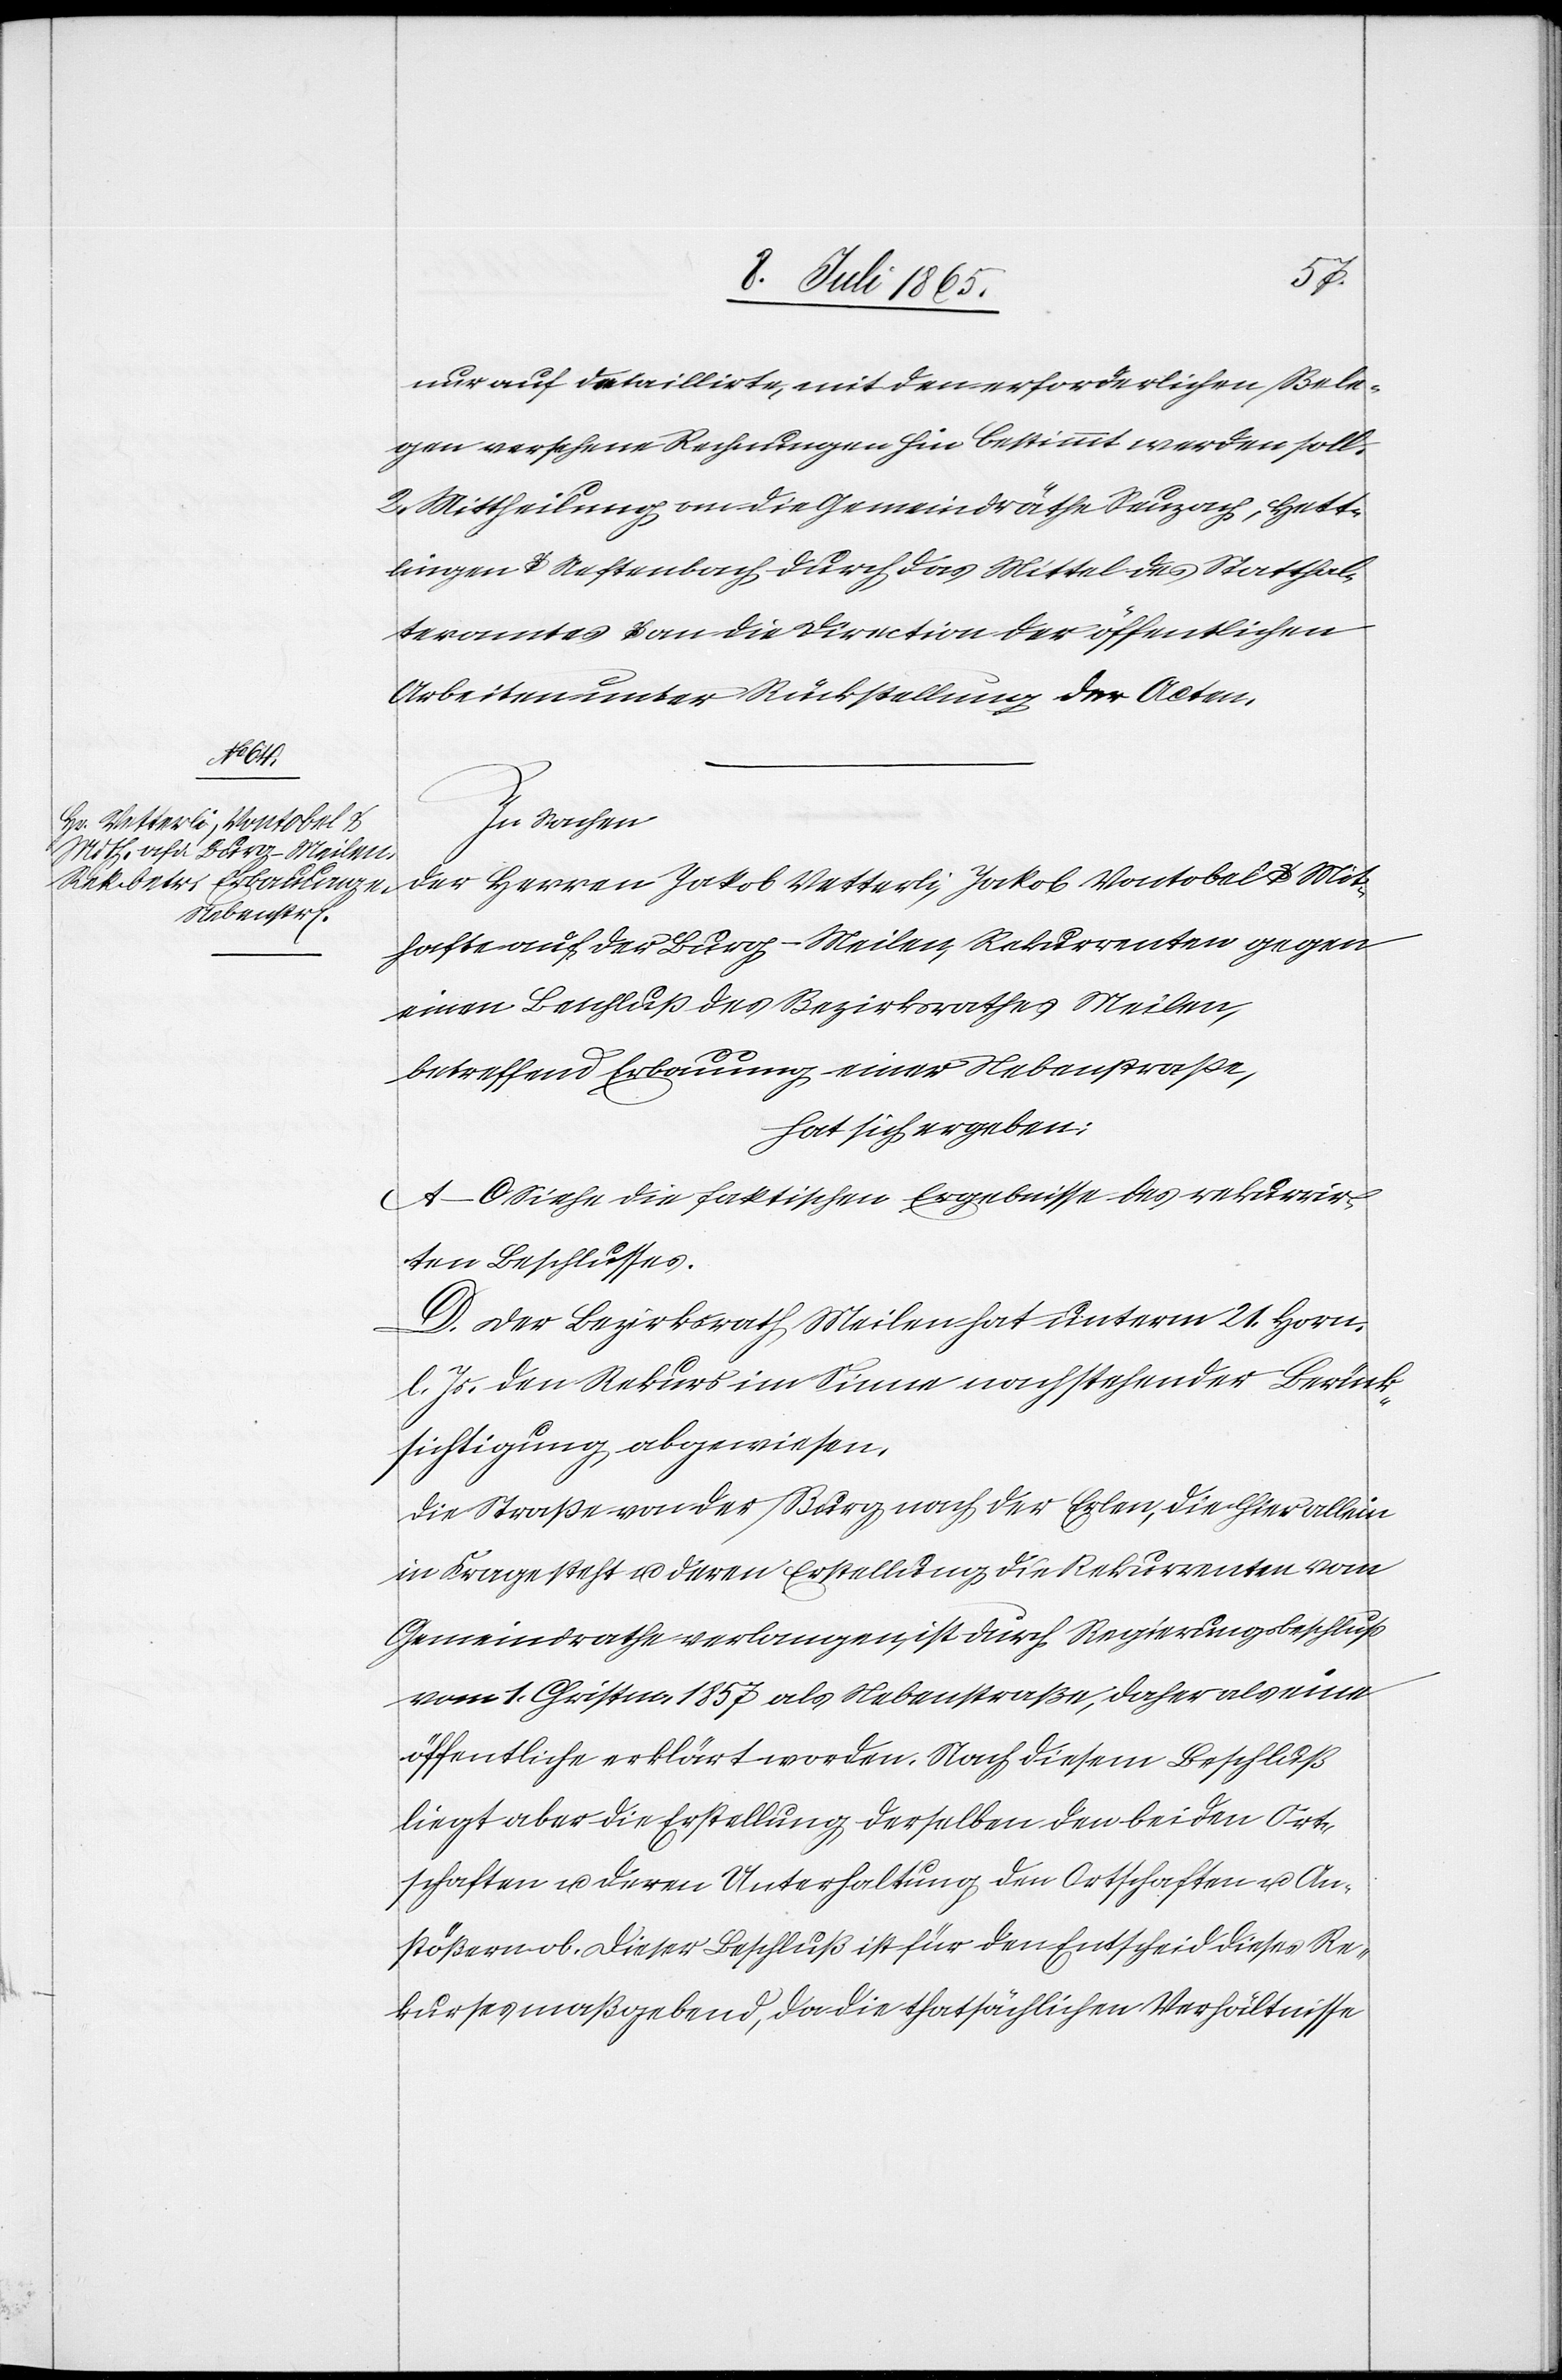
nur auf detaillirte, mit den erforderlichen Bele¬
gen versehene Rechnungen hin bestimmt werden soll.
2. Mittheilung an die Gemeindräthe Seuzach, Hett¬
lingen u. Neftenbach durch das Mittel des Statthal¬
teramtes u. an die Direction der öffentlichen
Arbeiten unter Rückstellung der Acten.
In Sachen
der Herren Jakob Vetterli, Jakob Vontobel u. Mit¬
hafte auf der Burg-Meilen, Rekurrenten gegen
einen Beschluß des Bezirksrathes Meilen,
betreffend Erbauung einer Nebenstraße,
hat sich ergeben:
A–C. Siehe die faktischen Ergebnisse des rekurrir¬
ten Beschlusses.
D. Der Bezirksrath Meilen hat unterm 21. Horn.
l. Js. den Rekurs im Sinne nachstehender Berück¬
sichtigung abgewiesen.
Die Straße von der Burg nach der Erlen, die hier allein
in Frage steht u. deren Erstellung die Rekurrenten vom
Gemeindrathe verlangen, ist durch Regierungsbeschluß
vom 1. Christm. 1857 als Nebenstraße, daher als eine
öffentliche erklärt worden. Nach diesem Beschluß
liegt aber die Erstellung derselben den beiden Ort¬
schaften u. deren Unterhaltung den Ortschaften u. An¬
stößern ob. Dieser Beschluß ist für den Entscheid dieses Re¬
kurses maßgebend, da die thatsächlichen Verhältnisse